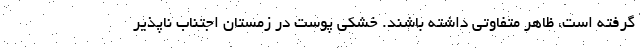
گرفته است، ظاهر متفاوتی داشته باشند. خشکی پوست در زمستان اجتناب ناپذیر